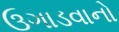
ઉગાડવાનો